画像に写った文字を読んでください
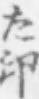
「た印」と書いてあります